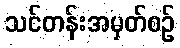
သင်တန်းအမှတ်စဉ်